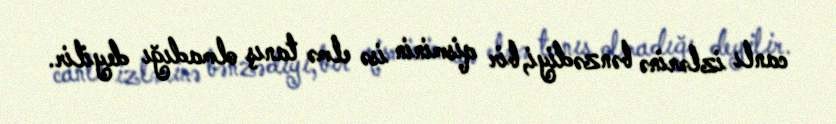
canlı izlərinə bənzədiyi, bir qisminin isə elmə tanış olmadığı deyilir.